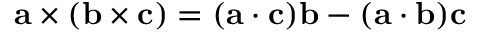
\mathbf a \times ( \mathbf b \times \mathbf c ) = ( \mathbf a \cdot \mathbf c ) \mathbf b - ( \mathbf a \cdot \mathbf b ) \mathbf c